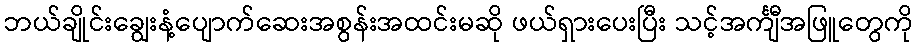
ဘယ်ချိုင်းချွေးနံ့ပျောက်ဆေးအစွန်းအထင်းမဆို ဖယ်ရှားပေးပြီး သင့်အင်္ကျီအဖြူတွေကို